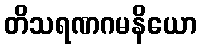
တိသရဏဂမနိယော